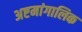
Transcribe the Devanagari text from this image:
अष्टमांगालिक